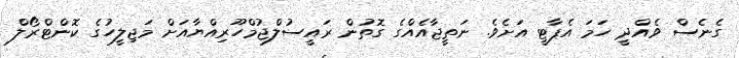
ގެނެސް ވެއްދީ ހަމަ އެޕާޓީ އަށެވެ. ނަތީޖާއެއްގެ ގޮތުން ރައީސުލްޖުމްހޫރިއްޔާއަށް މަޖިލީހުގެ ކޮންޓްރޯލް